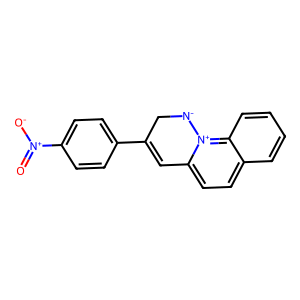
SMILES: O=[N+]([O-])c1ccc(C2=Cc3ccc4ccccc4[n+]3[N-]C2)cc1
Inhibits HIV replication: No